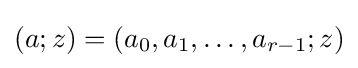
(a;z)=(a_{0},a_{1},\dots ,a_{r-1};z)